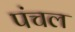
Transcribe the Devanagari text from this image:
पंचल